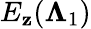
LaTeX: E_{\mathbf{z}}(\boldsymbol{\Lambda}_{1})